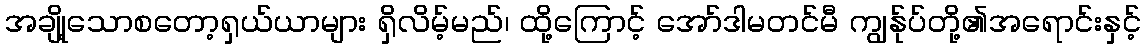
အချို့သောစတော့ရှယ်ယာများ ရှိလိမ့်မည်၊ ထို့ကြောင့် အော်ဒါမတင်မီ ကျွန်ုပ်တို့၏အရောင်းနှင့်